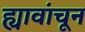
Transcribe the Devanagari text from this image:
ह्यावांचून